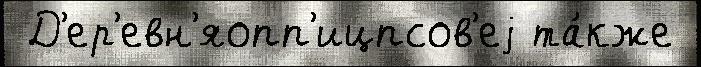
 Д'ер'евн'яопп'ицпсов'еj та́кже